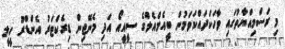
މި ރަސްމިއްޔާތުގައި ވާހަކަދައްކަވަމުން ބީއެމްއެލްގެ ސީއީއޯ އަދި މެނޭޖިން ޑިރެކްޓަރު އެންޑްްރޫ ހީލީ